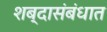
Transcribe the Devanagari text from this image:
शब्दासंबंधात